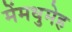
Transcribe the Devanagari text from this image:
मेंमधुमेह